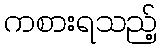
ကစားရသည့်